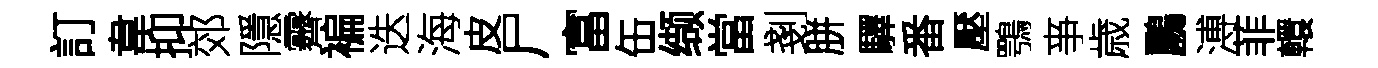
訂韋抑郊隱霽褊迭海皮尸富缶缬當剗胼驛番壓鶚亊歳鸝溥菲轘